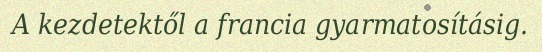
A kezdetektől a francia gyarmatosításig.